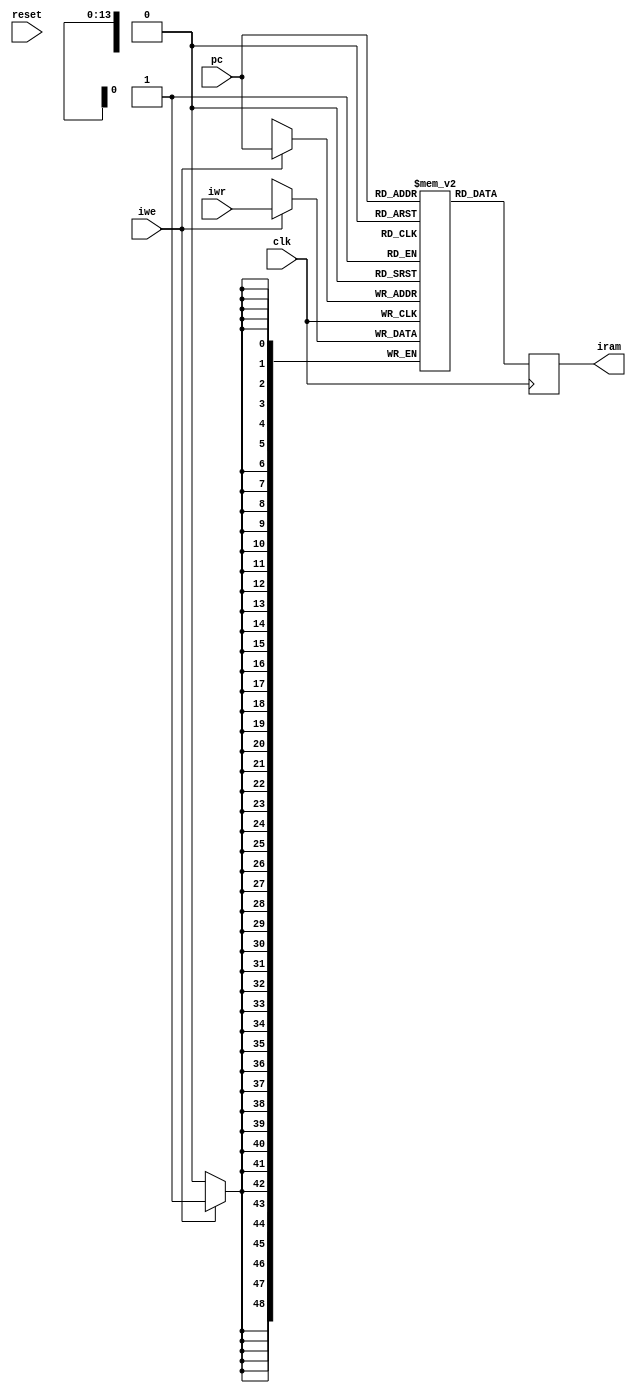
// IRAM --- RAM
//
// ---!!! Add description.
//
// History:
//
//   (20YY-MM-DD HH:mm:ss BRAD) Converted to Verilog; merge of IRAM00,
//	IRAM01, IRAM02, IRAM03, IRAM10, IRAM11, IRAM12, IRAM13, IRAM20,
//	IRAM21, IRAM22, IRAM23, IRAM30, IRAM31, IRAM32, and IRAM33.
//	???: Nets added.
//	???: Nets removed.
//   (1978-08-17 14:18:27 TK) IRAM33: Initial.
//   (1978-08-17 14:17:51 TK) IRAM32: Initial.
//   (1978-08-17 14:17:24 TK) IRAM31: Initial.
//   (1978-08-17 14:17:08 TK) IRAM30: Initial.
//   (1978-08-17 14:16:37 TK) IRAM23: Initial.
//   (1978-08-17 14:16:08 TK) IRAM22: Initial.
//   (1978-08-17 14:15:30 TK) IRAM21: Initial.
//   (1978-08-17 14:15:00 TK) IRAM20: Initial.
//   (1978-08-17 14:14:26 TK) IRAM13: Initial.
//   (1978-08-17 14:13:56 TK) IRAM12: Initial.
//   (1978-08-17 14:13:12 TK) IRAM11: Initial.
//   (1978-08-17 14:12:41 TK) IRAM10: Initial.
//   (1978-08-17 14:11:01 TK) IRAM03: Initial.
//   (1978-08-17 14:10:13 TK) IRAM02: Initial.
//   (1978-08-17 14:09:27 TK) IRAM01: Initial.
//   (1978-08-17 14:08:30 TK) IRAM00: Initial.

`timescale 1ns/1ps
`default_nettype none

module IRAM(/*AUTOARG*/
   // Outputs
   iram,
   // Inputs
   clk, reset, pc, iwr, iwe
	`ifdef EXTERNAL_MCR
	mcr_addr, mcr_data_in, mcr_data_out, mcr_ready, mcr_write
	`endif
   );
	
   input clk;
   input reset;

   input [13:0] pc;
   input [48:0] iwr;
   input iwe;
   output [48:0] iram;

	////////////////////////////////////////////////////////////////////////////////
   localparam ADDR_WIDTH = 14;
   localparam DATA_WIDTH = 49;
   localparam MEM_DEPTH = 16384;
   ////////////////////////////////////////////////////////////////////////////////

	
	///
`ifdef EXTERNAL_MCR
   // microcode address
   output [13:0] mcr_addr;
	// microcode data output: write to external memory
   output [48:0] mcr_data_out;
	// microcode data input: read from external memory
   input [48:0] mcr_data_in;
	// is microcode ready?
   input mcr_ready;
	// are we writing to microcode ram?
   output mcr_write;
	// ???
   input mcr_done;

	// holding register to hold IRAM output data in
	reg [48:0] out_mcr;
	
	// IRAM data
	assign iram = out_mcr;
	
	// read
	always @(posedge clk) begin
		out_mcr <= mcr_data_in;
		mcr_addr <= pc;
	end
	// write
	always @(posedge clk) begin
		mcr_write <= iwe;
		if (iwe) begin
			mcr_data_out <= iwr;
		end
	end
	
`elsif SIMULATION
   reg [48:0] ram [0:MEM_DEPTH-1];
   reg [48:0] out_a;

   assign iram = out_a;


   /* synthesis syn_ramstyle="block_ram" */
   always @(posedge clk)
     if (iwe) begin
	ram[pc] <= iwr;
     end

   always @(posedge clk)
     if (1'b1) begin
		out_a <= ram[pc];
     end
`elsif ISE
   wire ena_a = 1'b1 | iwe;

   ise_IRAM inst
     (
      .clka(clk),
      .ena(ena_a),
      .wea(iwe),
      .addra(pc),
      .dina(iwr),
      .douta(iram)
      /*AUTOINST*/);
`else
	reg [48:0] ram [0:MEM_DEPTH-1];
   reg [48:0] out_a;

   assign iram = out_a;


   /* synthesis syn_ramstyle="block_ram" */
   always @(posedge clk) begin
		if (iwe) begin
			ram[pc] <= iwr;
		end
		out_a <= ram[pc];
	end
`endif

endmodule

`default_nettype wire

// Local Variables:
// verilog-library-directories: ("../.." "../../cores/xilinx")
// End: